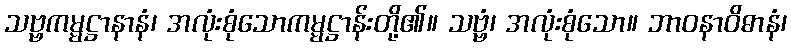
သဗ္ဗကမ္မဋ္ဌာနာနံ၊ အလုံးစုံသောကမ္မဋ္ဌာန်းတို့၏။ သဗ္ဗံ၊ အလုံးစုံသော။ ဘာဝနာဝိဓာနံ၊